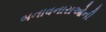
બનાવનારાઓની